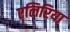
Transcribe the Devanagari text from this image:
एलिरिया